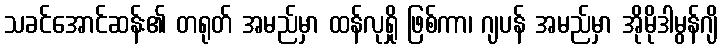
သခင်အောင်ဆန်း၏ တရုတ် အမည်မှာ ထန်လုရှို ဖြစ်ကာ၊ ဂျပန် အမည်မှာ အိုမိုဒါမွန်ဂျိ